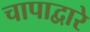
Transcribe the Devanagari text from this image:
चापाद्वारे